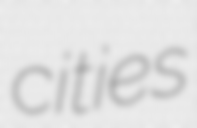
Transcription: cities